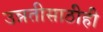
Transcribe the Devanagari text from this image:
उन्नतीसाठीही